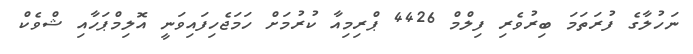
ނަހުލާގެ ފުރަތަމަ ބިރުވެރި ފިލްމް 4426 ޕްރިމިއާ ކުރުމަށް ހަމަޖެހިފައިވަނީ އޮލިމްޕަހާއި ޝްވެކް